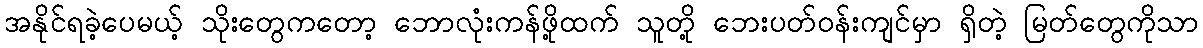
အနိုင်ရခဲ့ပေမယ့် သိုးတွေကတော့ ဘောလုံးကန်ဖို့ထက် သူတို့ ဘေးပတ်ဝန်းကျင်မှာ ရှိတဲ့ မြတ်တွေကိုသာ